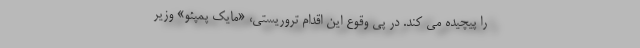
را پیچیده می کند. در پی وقوع این اقدام تروریستی، «مایک پمپئو» وزیر